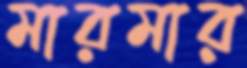
মারমার